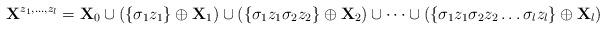
LaTeX: \begin{align*}\mathbf{X}^{z_1, \dots, z_l} = \mathbf{X}_0 \cup \left(\{\sigma_1 z_1\}\oplus\mathbf{X}_1\right) \cup \left(\{\sigma_1 z_1 \sigma_2 z_2\}\oplus\mathbf{X}_2\right) \cup \dots \cup \left(\{\sigma_1 z_1 \sigma_2 z_2 \dots \sigma_l z_l\}\oplus\mathbf{X}_l\right)\end{align*}